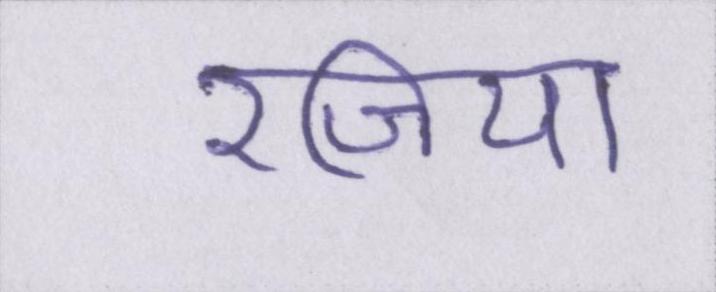
रजिया